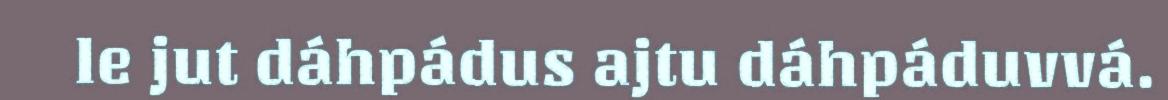
le jut dáhpádus ajtu dáhpáduvvá.